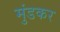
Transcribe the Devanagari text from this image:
मुंडकर